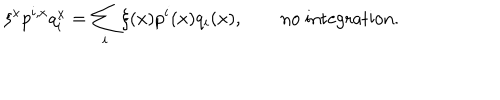
\xi ^ { x } p ^ { i , x } q _ { i } ^ { x } = \sum _ { i } \xi ( x ) p ^ { i } ( x ) q _ { i } ( x ) , \qquad \mathrm { n o ~ i n t e g r a t i o n . }